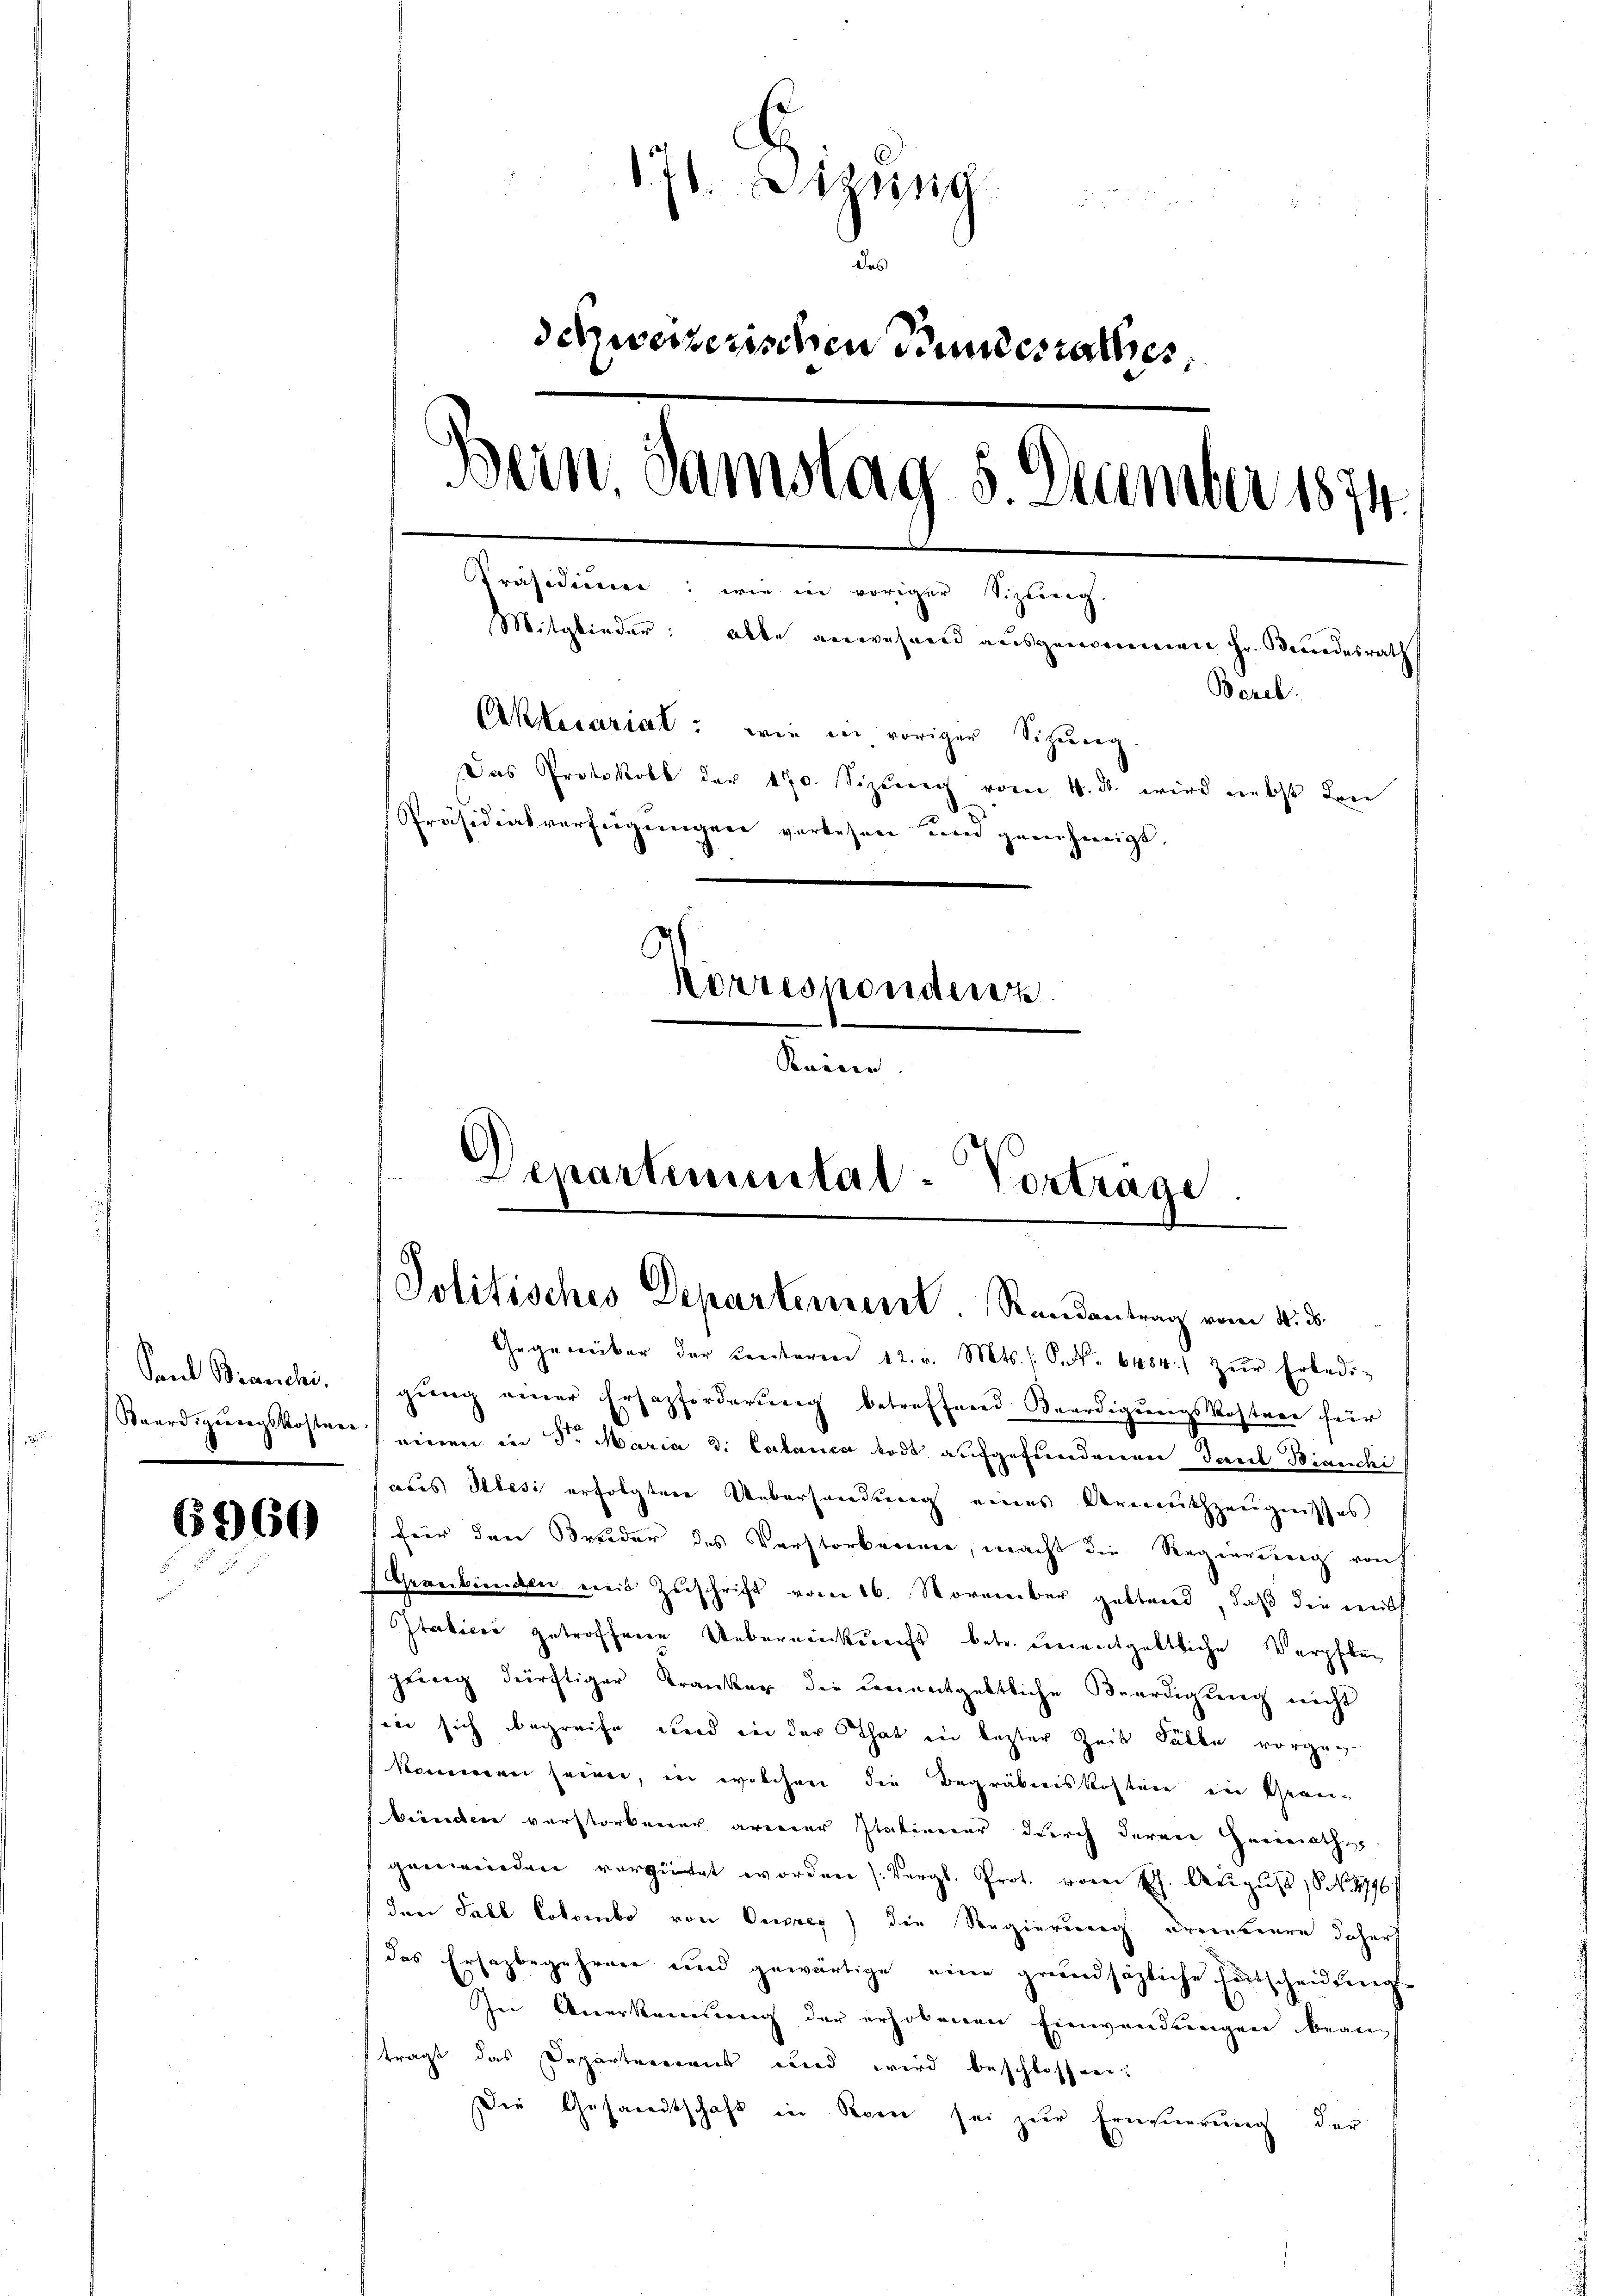
Sand Bianchi,
Baardigungskosten

6960

176. Sizung
schweizerischen Kindesrathes,
Bein Samstag 5. December 1874.
Präsidium: wie in voriger Sizung.
Mitglieder: Alle verwehnend ausgenommene Hr. Brandesrath
Bezel.
Aktecariat: wie in voriger Sitzung
Das Protokoll der 470. Sizleng vom 4. ds. wird nebst den
Präsidialverfügungen verlesen um genehmigt,
Korresponderen.
Kaisen.

Departimental-Vorträge
Politisches Departement. Randantrag vom 4. ds.

Gegenüber der Centeren 12. v. Mts. /: P. Nr. 6484) zŭr Erledi-
gŭng einer Ersazforderung betreffend Beerdigŭngskostere für
einen in Sr. Maria d. Calanca todt aufgefundenen Tant Bianchi
aus Plesi erfolgten Ueberhandlung eines Armuthzeugnisses
für den Breider des Verstorkamme, macht die Regierung rauh
Gereckenden mit Zuschrift vom 16. November gestand, daß die Leist
Italicii getroffene Uebernenkunft betr. unentgeltliche Verpflen
gŭng dürftiger Kranker die Benentgeltliche Beerdigŭng nicht
sin sich begreife und in der That in lezter Zeit Fälle vorgekoneren seinen, in welchen die Begräbniskostere ein Gemeibrinden verstorbener armer Italiener durch deren Heimath
genwieden vergütet worden (Vergl. Prot. von E. August No. 1796)
den Fall Cotombo von Beweig) die Seegierung dreinbeere daher
das Ersagbegehren und gewärtige eine grundsätzliche Entscheidŭngs
In Anerkennung der erhobenen Einwendungen bean
trägt das Departement und wird beschlossen:
Die Gesandtschaft in Regen sei zŭr Erneŭerŭng der